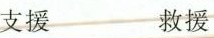
支援 救援